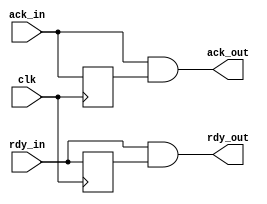
/*  This file is part of JTFRAME.
    JTFRAME program is free software: you can redistribute it and/or modify
    it under the terms of the GNU General Public License as published by
    the Free Software Foundation, either version 3 of the License, or
    (at your option) any later version.

    JTFRAME program is distributed in the hope that it will be useful,
    but WITHOUT ANY WARRANTY; without even the implied warranty of
    MERCHANTABILITY or FITNESS FOR A PARTICULAR PURPOSE.  See the
    GNU General Public License for more details.

    You should have received a copy of the GNU General Public License
    along with JTFRAME.  If not, see <http://www.gnu.org/licenses/>.

    Author: Jose Tejada Gomez. Twitter: @topapate
    Version: 1.0
    Date: 27-12-2020 */

module jtframe_rom_sync(
    input       clk,
    input       rdy_in,
    input       ack_in,
    output      rdy_out,
    output      ack_out
);

reg last_rdy, last_ack;

assign rdy_out = rdy_in & last_rdy;
assign ack_out = ack_in & last_ack;

always @(posedge clk) begin
    last_rdy <= rdy_in;
    last_ack <= ack_in;
end

endmodule